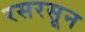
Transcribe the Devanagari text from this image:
रसरसून